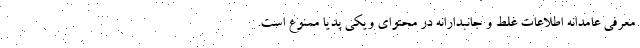
معرفی عامدانه اطلاعات غلط و جانبدارانه در محتوای ویکی پدیا ممنوع است.